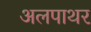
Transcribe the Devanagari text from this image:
अलपाथर